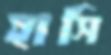
হাসি